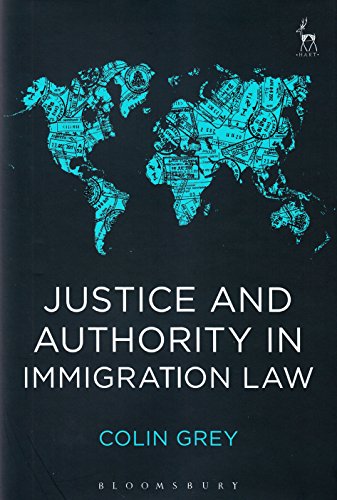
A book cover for Justice and Authority in Immigration Law; Colin Grey; Law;